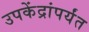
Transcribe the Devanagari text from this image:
उपकेंद्रांपर्यंत